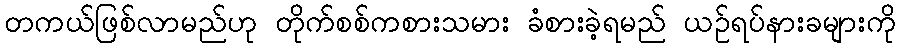
တကယ်ဖြစ်လာမည်ဟု တိုက်စစ်ကစားသမား ခံစားခဲ့ရမည် ယဉ်ရပ်နားခများကို